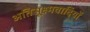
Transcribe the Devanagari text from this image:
अतिसूक्ष्मवादियों